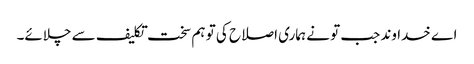
اے خدا وند جب تو نے ہماری اصلاح کی تو ہم سخت تکلیف سے چلائے۔